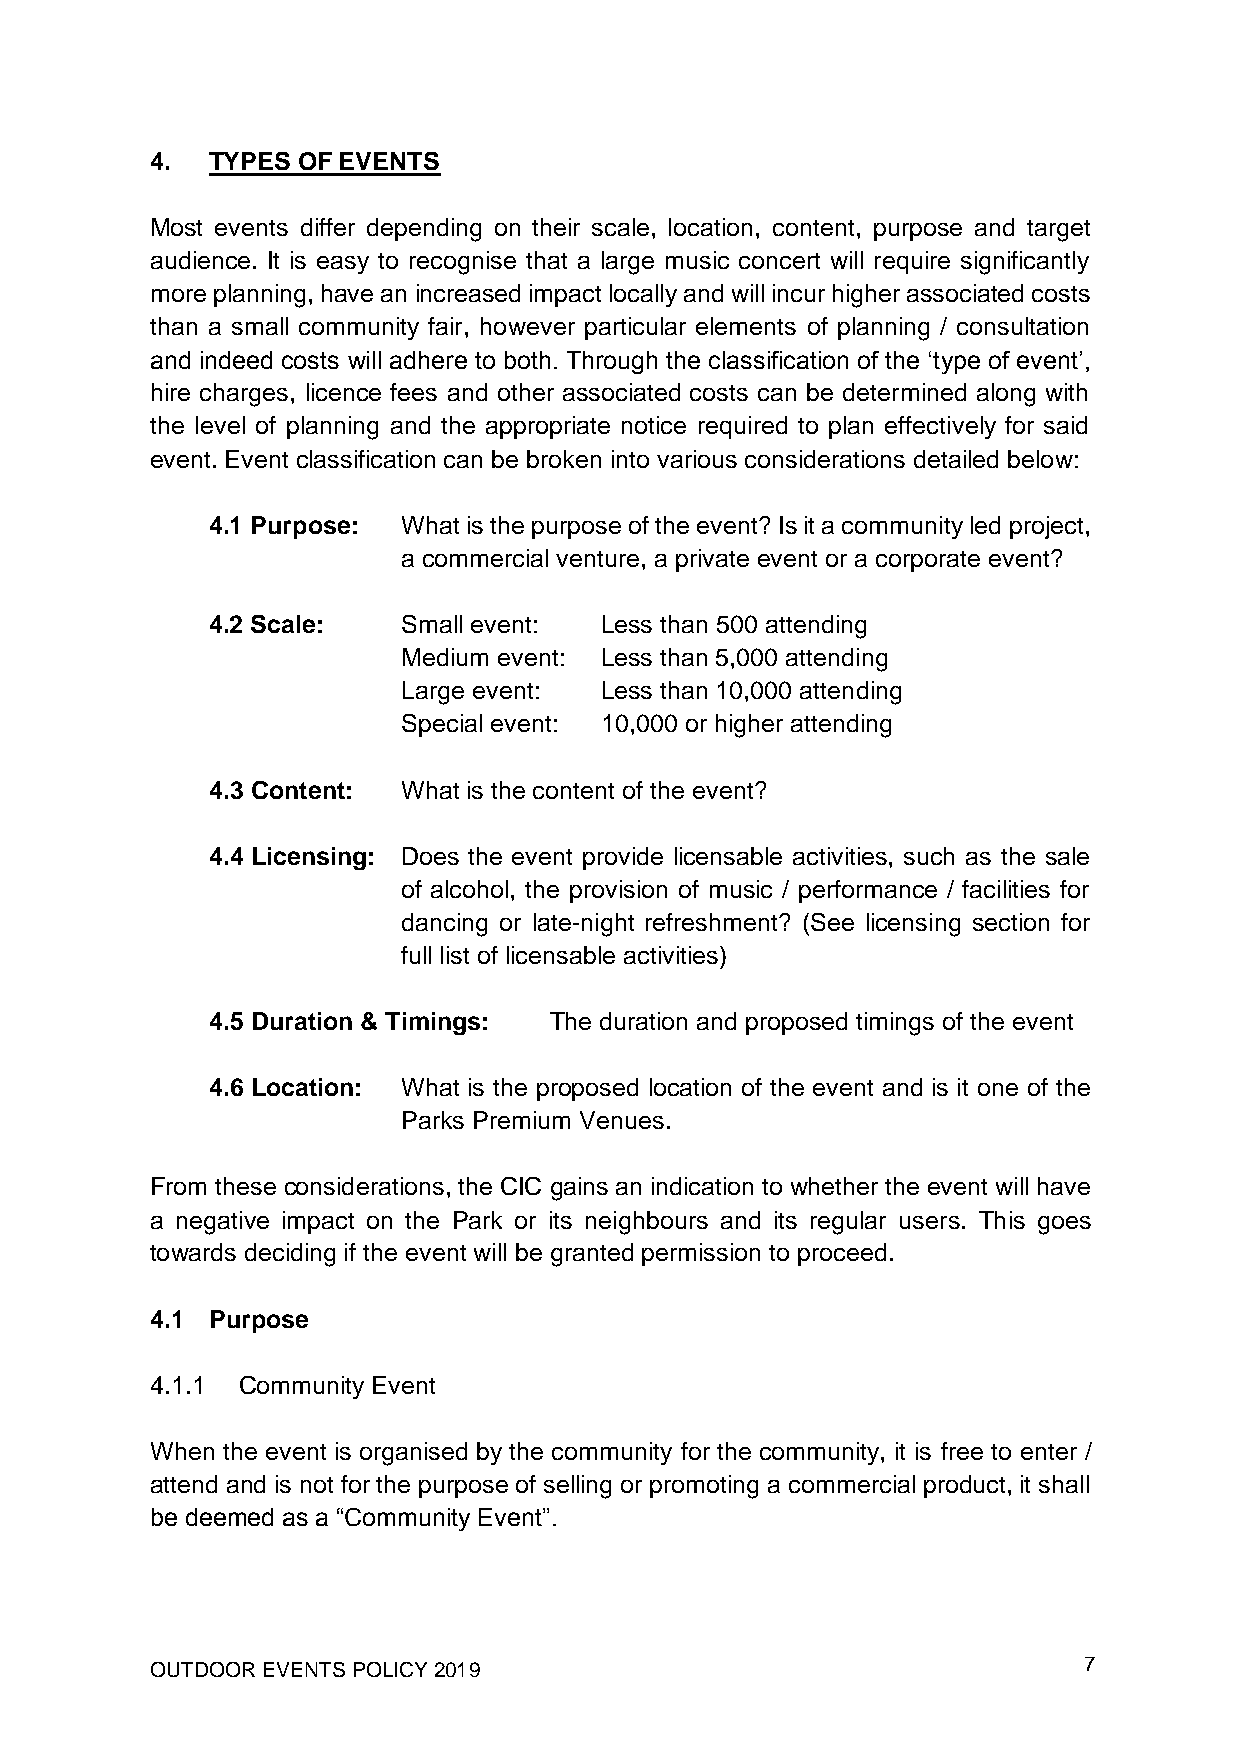
4.  TYPES OF EVENTS
 Most events differ depending on their scale, location, content, purpose and target
 audience. It is easy to recognise that a large music concert will require significantly
 more planning, have an increased impact locally and will incur higher associated costs
 than a small community fair, however particular elements of planning / consultation
 and indeed costs will adhere to both. Through the classification of the ‘type of event’,
 hire charges, licence fees and other associated costs can be determined along with
 the level of planning and the appropriate notice required to plan effectively for said
 event. Event classification can be broken into various considerations detailed below:
 4.1 Purpose: What is the purpose of the event? Is it a community led project,
 a commercial venture, a private event or a corporate event?
 4.2 Scale:   Small event: Less than 500 attending
 Medium event: Less than 5,000 attending
 Large event: Less than 10,000 attending
 Special event: 10,000 or higher attending
 4.3 Content: What is the content of the event?
 4.4 Licensing: Does the event provide licensable activities, such as the sale
 of alcohol, the provision of music / performance / facilities for
 dancing or late-night refreshment? (See licensing section for
 full list of licensable activities)
 4.5 Duration & Timings: The duration and proposed timings of the event
 4.6 Location: What is the proposed location of the event and is it one of the
 Parks Premium Venues.
 From these considerations, the CIC gains an indication to whether the event will have
 a negative impact on the Park or its neighbours and its regular users. This goes
 towards deciding if the event will be granted permission to proceed.
 4.1 Purpose
 4.1.1 Community Event
 When the event is organised by the community for the community, it is free to enter /
 attend and is not for the purpose of selling or promoting a commercial product, it shall
 be deemed as a “Community Event”.
 OUTDOOR EVENTS POLICY 2019                                    7